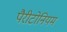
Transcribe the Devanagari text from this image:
पैरीटोनियम